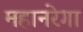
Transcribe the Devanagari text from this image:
महानरेगा